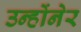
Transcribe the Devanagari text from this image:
उन्होंनेर